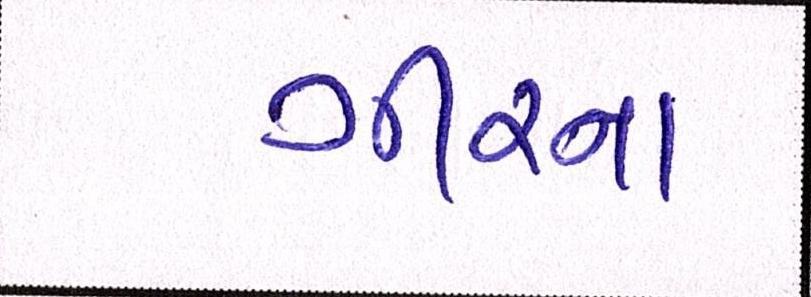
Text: ગીરના